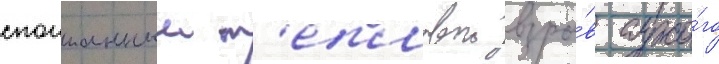
спонтанныи т'епловои взры́в сухо́го